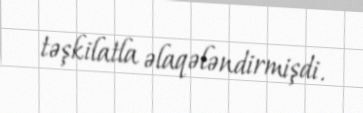
təşkilatla əlaqələndirmişdi.